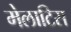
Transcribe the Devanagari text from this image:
मेलाटिस